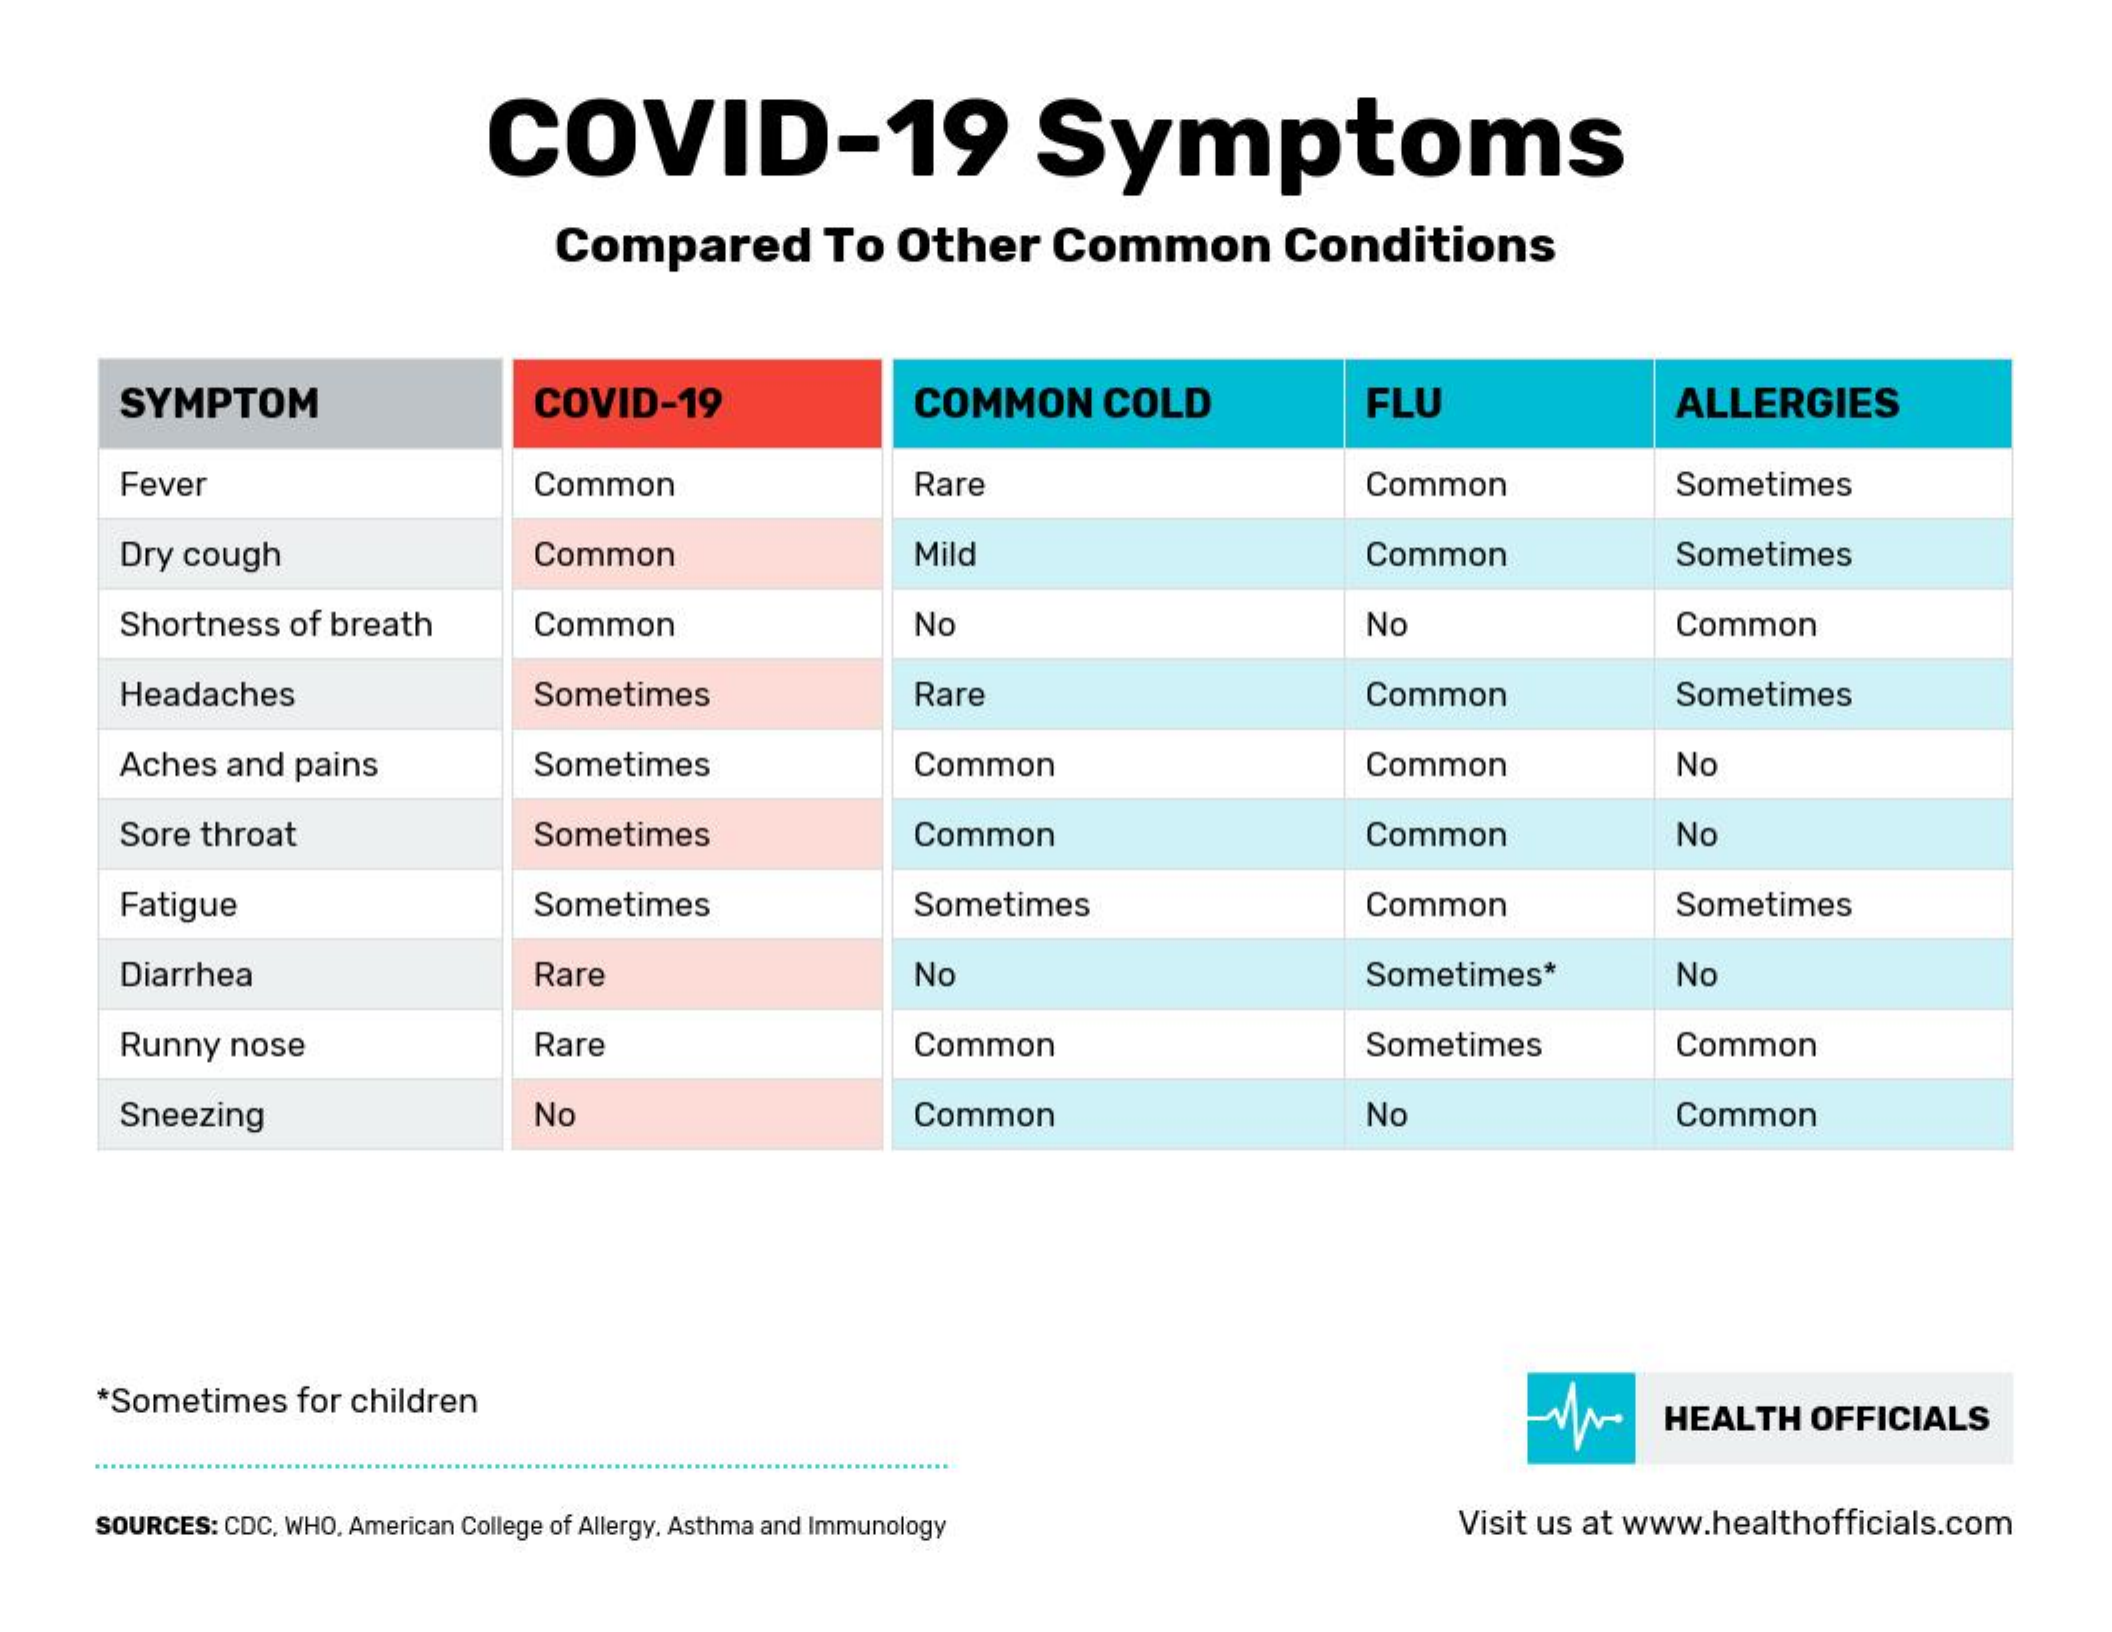
COVID-19    Symptoms
     Compared    To Other   Common    Conditions
     SYMPTOM    COVID-19    COMMON   COLD    FLU    ALLERGIES
     Fever    Common    Rare    Common    Sometimes
     Dry cough    Common    Mild    Common    Sometimes
     Shortness of breath Common    No    No    Common
     Headaches    Sometimes    Rare    Common    Sometimes
     Aches and pains    Sometimes    Common    Common    No
     Sore throat    Sometimes    Common    Common    No
     Fatigue    Sometimes    Sometimes    Common    Sometimes
     Diarrhea    Rare    No    Sometimes*    No
     Runny nose    Rare    Common    Sometimes    Common
     Sneezing    No    Common    No    Common
     *Sometimes for children
     HEALTH OFFICIALS
     SOURCES: CDC, WHO, American College of Allergy, Asthma and Immunology Visit us at www.healthofficials.com